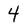
Character: 4